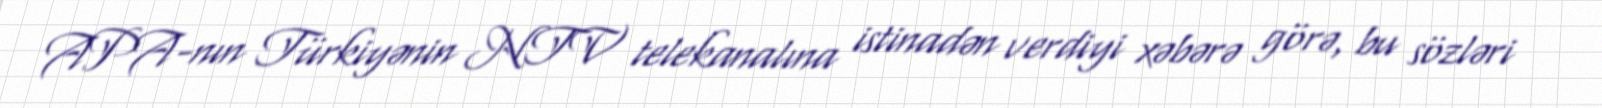
APA-nın Türkiyənin NTV telekanalına istinadən verdiyi xəbərə görə, bu sözləri